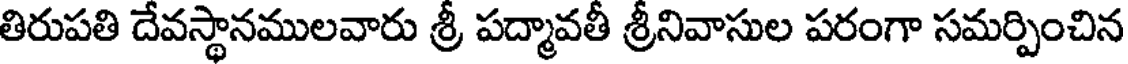
తిరుపతి దేవస్థానములవారు శ్రీ పద్మావతీ శ్రీనివాసుల పరంగా సమర్పించిన